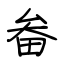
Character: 畚